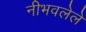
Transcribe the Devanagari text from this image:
नीभवलेले